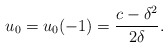
\begin{align*}u_0=u_0(-1)=\frac{c-\delta^2}{2\delta}.\end{align*}